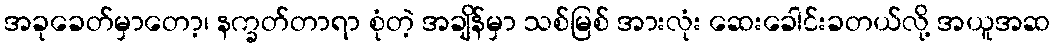
အခုခေတ်မှာတော့၊ နက္ခတ်တာရာ စုံတဲ့ အချိန်မှာ သစ်မြစ် အားလုံး ဆေးခေါင်းခတယ်လို့ အယူအဆ